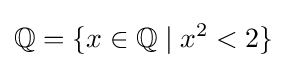
\mathbb {Q} =\{x\in \mathbb {Q} \mid x^{2}<2\}